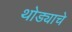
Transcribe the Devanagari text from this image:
थोड्याचे